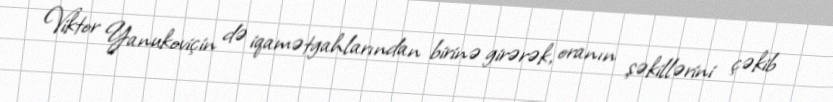
Viktor Yanukoviçin də iqamətgahlarından birinə girərək, oranın şəkillərini çəkib